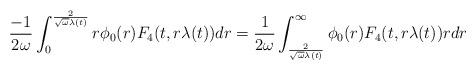
LaTeX: \begin{align*} \frac{-1}{2\omega} \int_{0}^{\frac{2}{\sqrt{\omega} \lambda(t)}} r \phi_{0}(r) F_{4}(t,r\lambda(t)) dr = \frac{1}{2\omega} \int_{\frac{2}{\sqrt{\omega} \lambda(t)}}^{\infty} \phi_{0}(r) F_{4}(t,r\lambda(t)) r dr\end{align*}